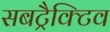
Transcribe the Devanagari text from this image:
सबट्रैक्टिव